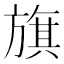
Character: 旗